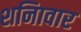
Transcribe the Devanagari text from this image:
शनिावार